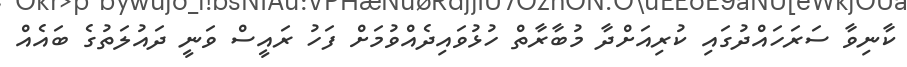
ކާނިވާ ސަރަހައްދުގައި ކުރިއަށްދާ މުބާރާތް ހުޅުވައިދެއްވުމަށް ފަހު ރައީސް ވަނީ ދައުލަތުގެ ބައެއް